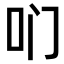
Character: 𫩖